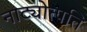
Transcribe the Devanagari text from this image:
नाट्योत्पत्ति